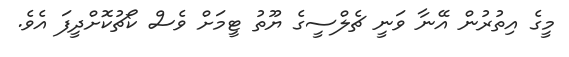
މީގެ އިތުރުން އޭނާ ވަނީ ޗެލްސީގެ ޔޫތު ޓީމަށް ވެސް ކޯޗުކޮށްދީފަ އެވެ.